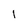
Character: l